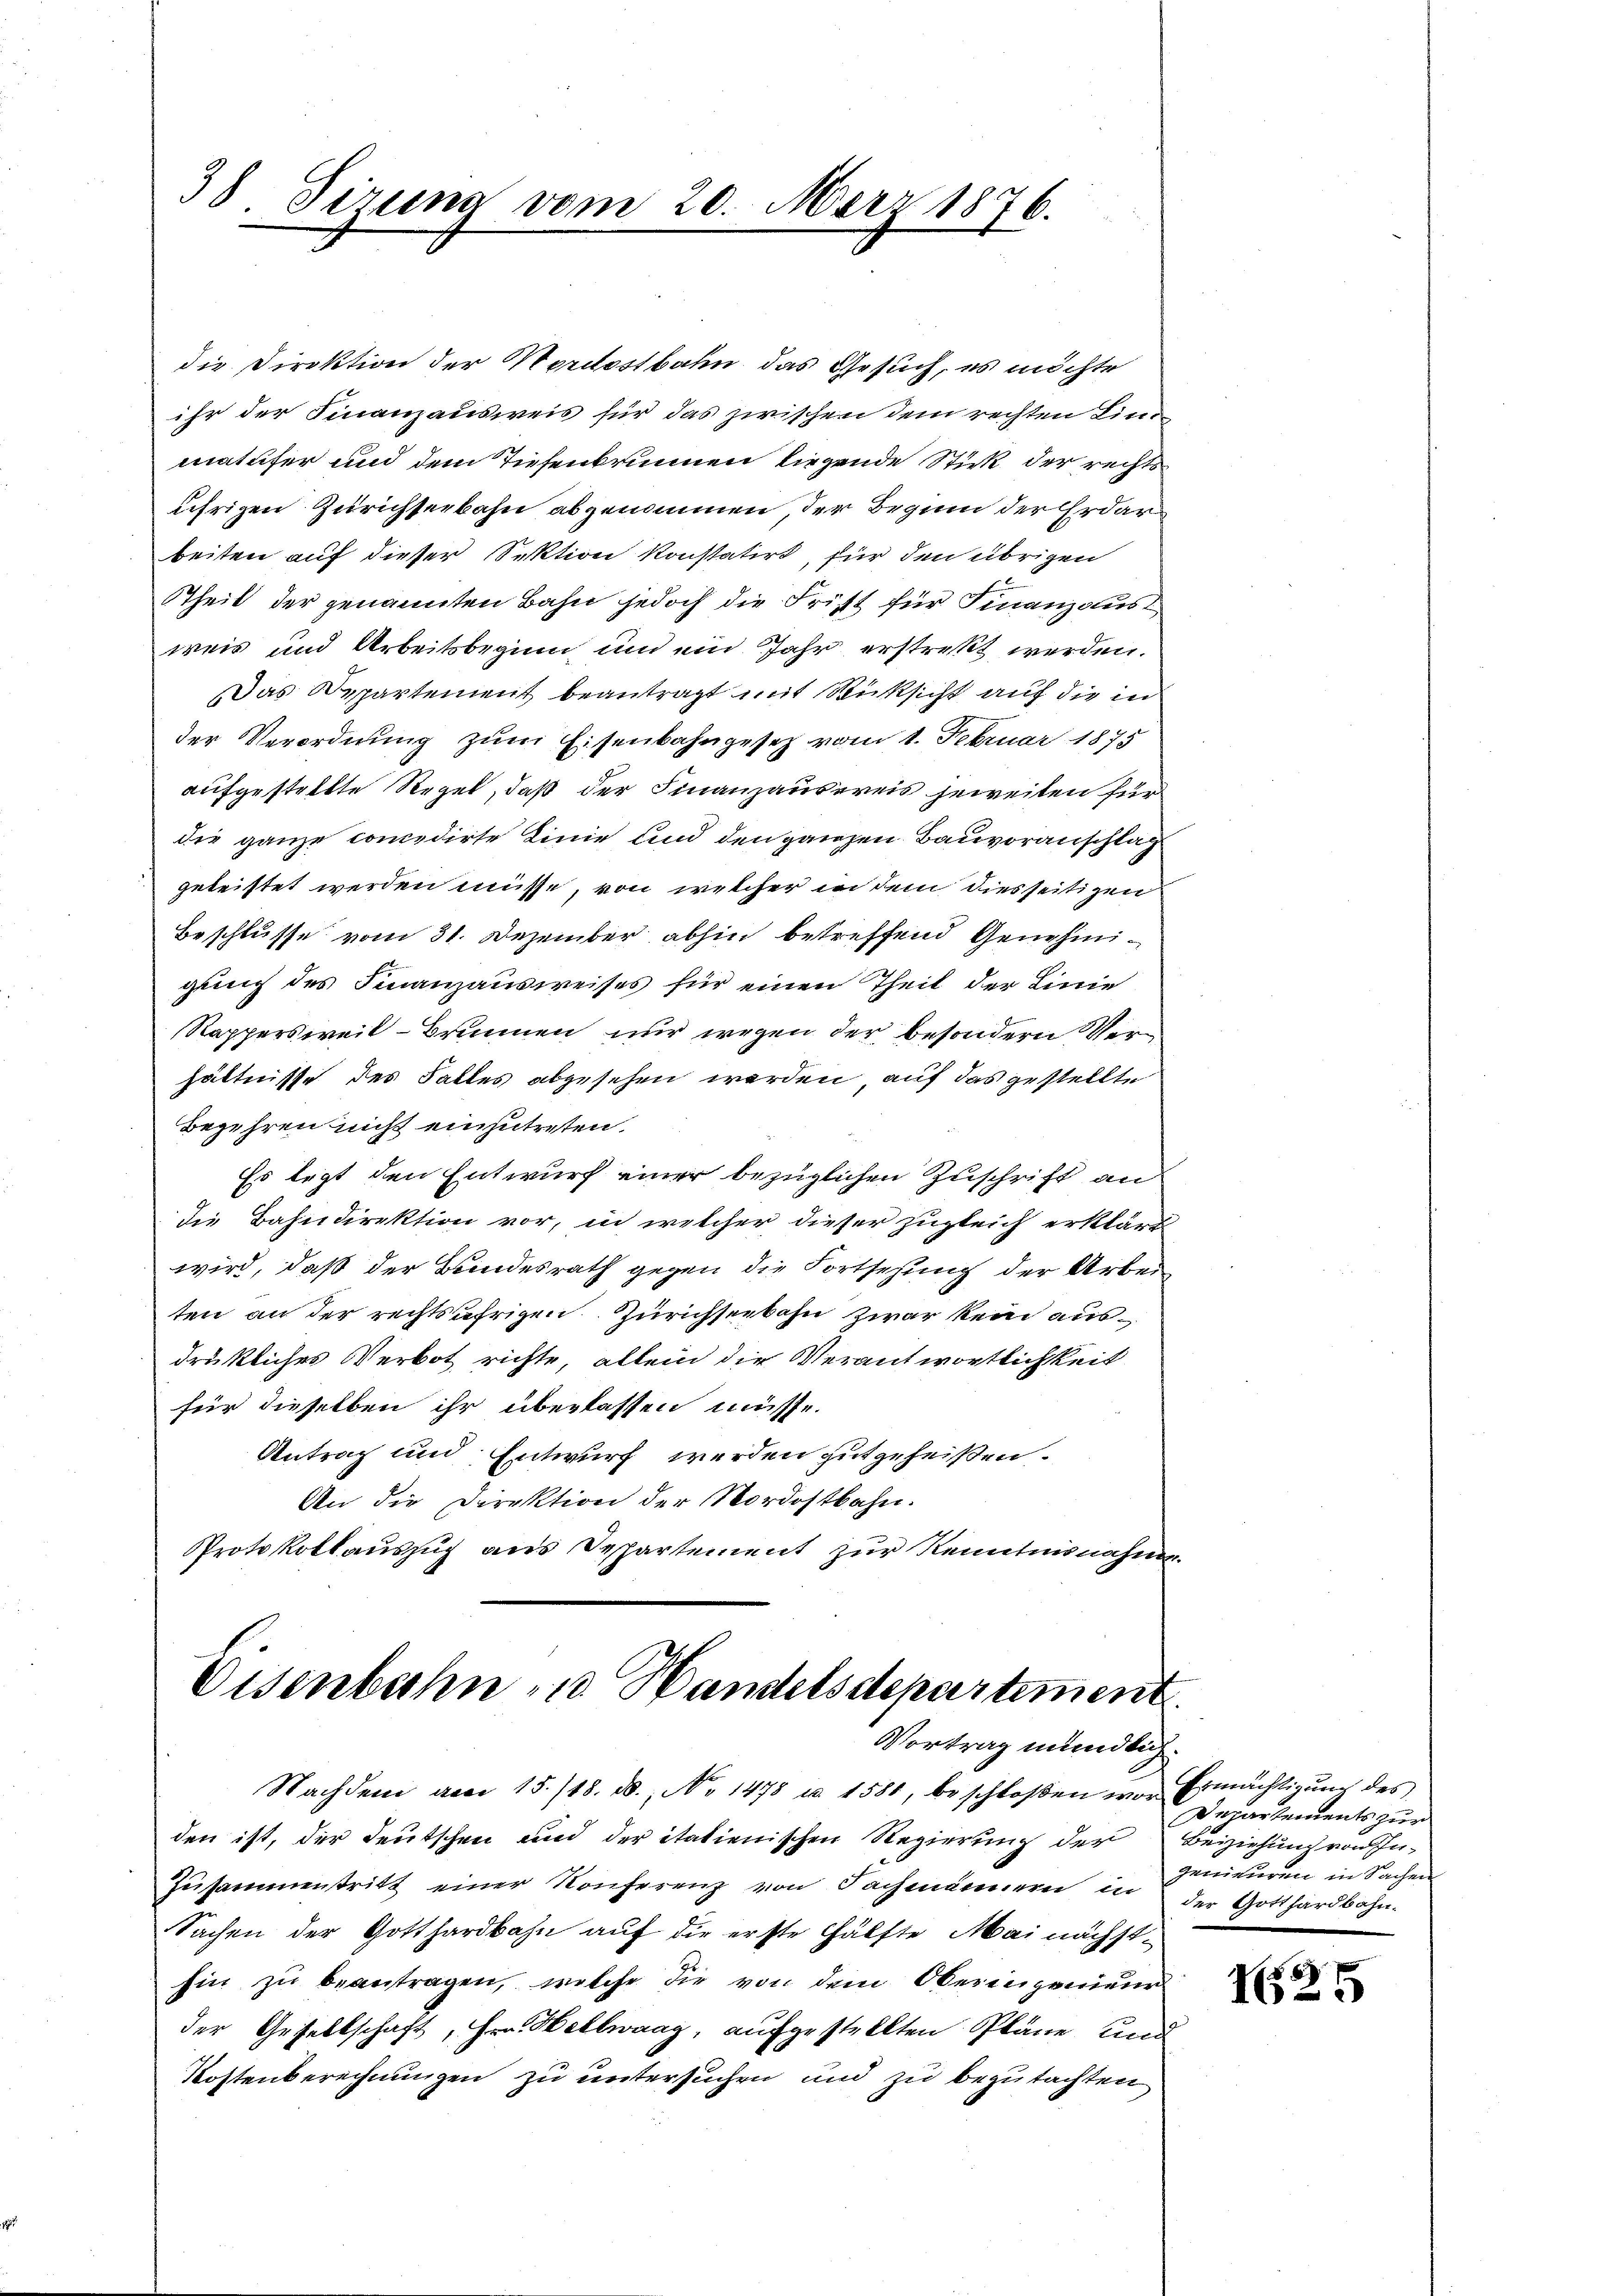
38 Sirina vom 20. März 1876.

die Direktion der Nordostbahn das Gesuch, es möchte
ihr der Finanzausweis für das zwischen dem rechten Linmatufer und dem Tiefenbrunnen liegende Stick der rechts
ührigen Zürichseebahn abgenommen der Beginn der Erdar
beiten auf dieser Sektion konstatirt, für den übrigen
Theil der genannten Bahn jedoch die Frist für Finanzausweis und Arbeitsbeginn und ein Jahr erstrekt werden.
Das Repartement beantragt mit Rücksicht auf die in
der Verordnung zum Eisenbahngesetz vom 1. Februar 1875
aufgestellte Regel, daß der Finanzausereis jeweiten für
die ganze concedirte Linie und den ganzen Bauvoranschlag
geleistet werden müsse, von welcher in dem diesseitigen
Beschlusse vom 31. Dezember abhin betreffend Genehmigung des Finanzausweises für einen Theil der Linie
Rappersweit - Brunnen nur wegen der besondern Verhältnisse des Falles abgesehen werden, auf das gestellte
Begehren nicht einzutreten.
Es legt den Entwurf einer bezüglichen Zuschrift an
die Bahndirektion vor, in welcher dieser zugleich erklärt
wird, daß der Bundesrath gegen die Fortsetzung der Arbei
ten an der rechtsäfrigen. Zürichseebahn zwar kein ausdrükliches Verbot richte, allein die Verantwortlichkeit
für dieselben ihr überlassen müsse.
Antrag und Entwurf werden gutgeheißen.
An die Direktion der Nordostbahn.
Protokollauszug aus Departement zur Kenntnisnahme

Eisenbahn zu Handelsdepartement
Vortrag mündlich.

Nachdem am 15./18. ds., No 1478 u. 1581, beschloßen vor Ermächtigŭng des
den ist, der Deutschen und der italienischen Regierung der Beiziehung von In¬
Zeisammentritt einer Konferenz von Fachmännern in
Sachen der Gotthardbahn auf die erste Hälfte Mai nächst¬
Ein zu beantragen, welche die von dem Oberingenieur
der Gesellschaft, Hrn. Hellwaag, aufgestellten Pläne und
Kostenberechnungen zu untersuchen und zu begutachten

Departements zur
genieuren in Sachen
der Gotthardbahn.

1625